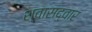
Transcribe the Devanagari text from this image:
श्वासद्वार